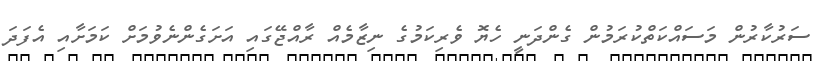
ސަރުކާރުން މަސައްކަތްކުރަމުން ގެންދަނީ ހެޔޮ ވެރިކަމުގެ ނިޒާމެއް ރާއްޖޭގައި އަށަގެންނެވުމަށް ކަމަށާއި އެފަދަ